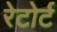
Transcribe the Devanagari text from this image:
रेटोर्ट